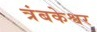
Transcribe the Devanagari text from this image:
त्रंबकेश्वर